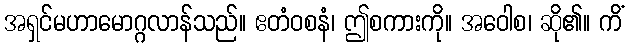
အရှင်မဟာမောဂ္ဂလာန်သည်။ ဧတံဝစနံ၊ ဤစကားကို။ အဝေါစ၊ ဆို၏။ ကိံ